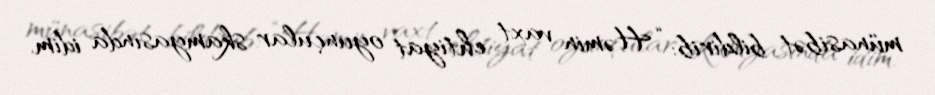
münasibət bildirib: “Həmin vaxt ehtiyat oyunçular skamyasında idim.